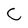
Character: C